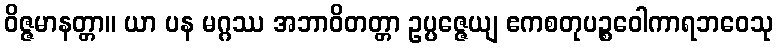
ဝိဇ္ဇမာနတ္တာ။ ယာ ပန မဂ္ဂဿ အဘာဝိတတ္တာ ဥပ္ပဇ္ဇေယျ ဧကစတုပဉ္စဝေါကာရဘဝေသု